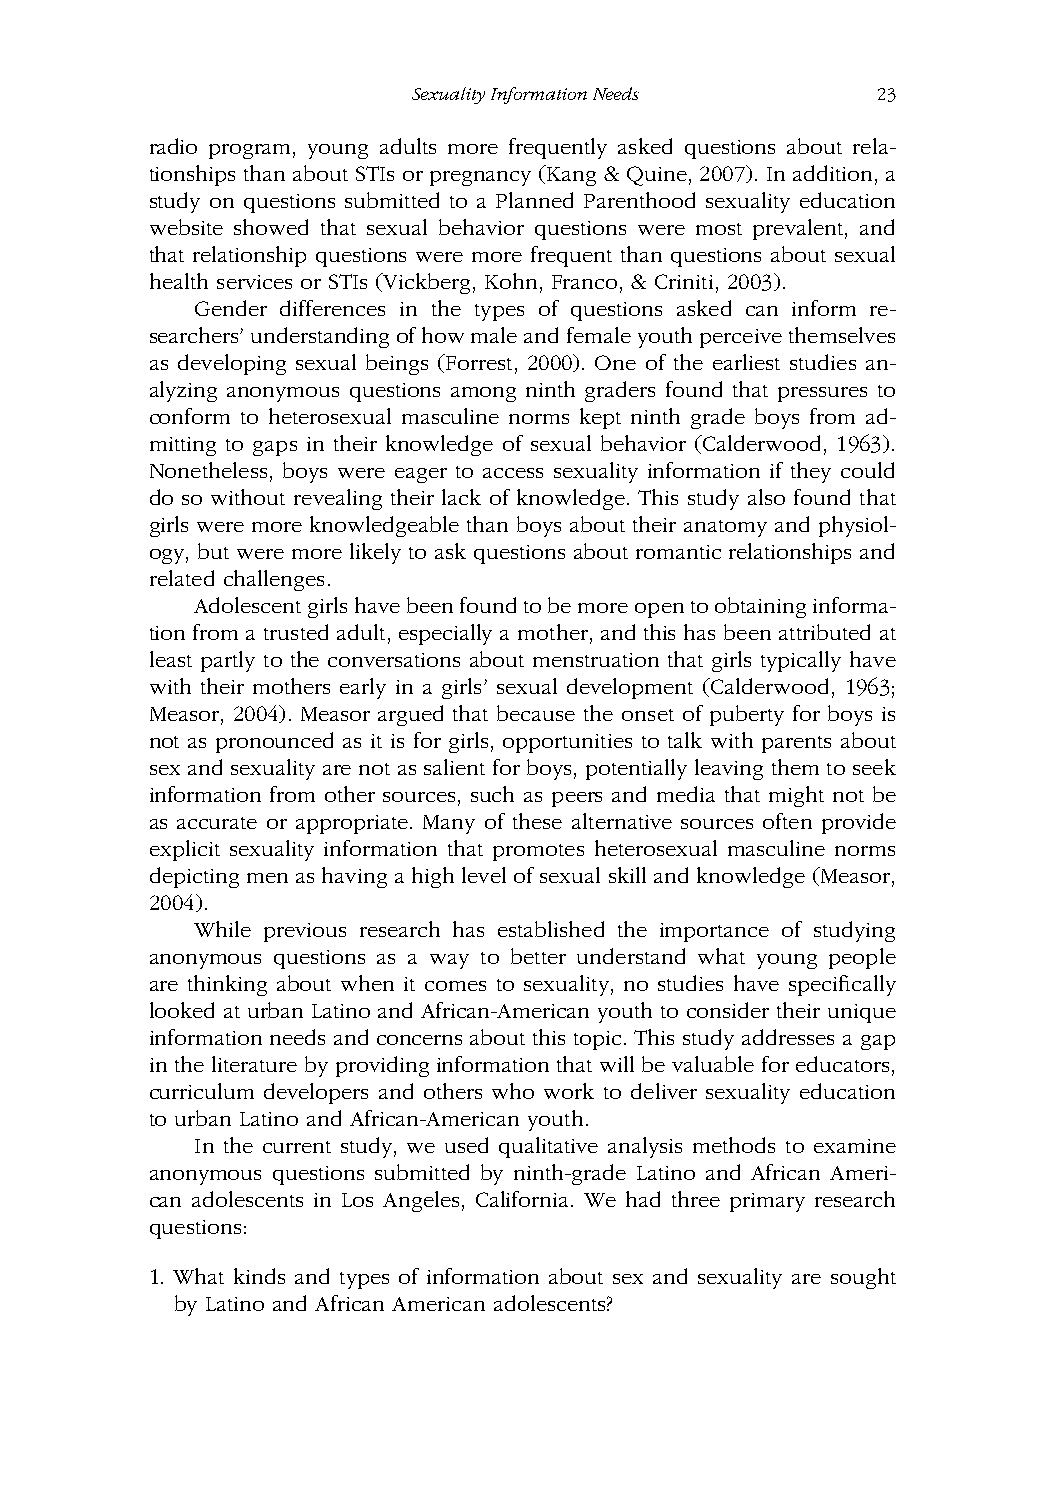
SexualityInformationNeeds      23
 radio program, young adults more frequently asked questions about rela-
 tionships than about STIs or pregnancy (Kang & Quine, 2007). In addition, a
 study on questions submitted to a Planned Parenthood sexuality education
 website showed that sexual behavior questions were most prevalent, and
 that relationship questions were more frequent than questions about sexual
 health services or STIs (Vickberg, Kohn, Franco, & Criniti, 2003).
 Gender differences in the types of questions asked can inform re-
 searchers’understandingofhowmaleandfemaleyouthperceivethemselves
 as developing sexual beings (Forrest, 2000). One of the earliest studies an-
 alyzing anonymous questions among ninth graders found that pressures to
 conform to heterosexual masculine norms kept ninth grade boys from ad-
 mitting to gaps in their knowledge of sexual behavior (Calderwood, 1963).
 Nonetheless, boys were eager to access sexuality information if they could
 do so without revealing their lack of knowledge. This study also found that
 girls were more knowledgeable than boys about their anatomy and physiol-
 ogy, but were more likely to ask questions about romantic relationships and
 related challenges.
 Adolescentgirlshavebeenfoundtobemoreopentoobtaininginforma-
 tion from a trusted adult, especially a mother, and this has been attributed at
 least partly to the conversations about menstruation that girls typically have
 with their mothers early in a girls’ sexual development (Calderwood, 1963;
 Measor, 2004). Measor argued that because the onset of puberty for boys is
 not as pronounced as it is for girls, opportunities to talk with parents about
 sex and sexuality are not as salient for boys, potentially leaving them to seek
 information from other sources, such as peers and media that might not be
 as accurate or appropriate. Many of these alternative sources often provide
 explicit sexuality information that promotes heterosexual masculine norms
 depicting men as having a high level of sexual skill and knowledge (Measor,
 2004).
 While previous research has established the importance of studying
 anonymous questions as a way to better understand what young people
 are thinking about when it comes to sexuality, no studies have specifically
 looked at urban Latino and African-American youth to consider their unique
 information needs and concerns about this topic. This study addresses a gap
 in the literature by providing information that will be valuable for educators,
 curriculum developers and others who work to deliver sexuality education
 to urban Latino and African-American youth.
 In the current study, we used qualitative analysis methods to examine
 anonymous questions submitted by ninth-grade Latino and African Ameri-
 can adolescents in Los Angeles, California. We had three primary research
 questions:
 1. What kinds and types of information about sex and sexuality are sought
 by Latino and African American adolescents?